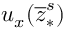
u _ { x } ( \overline { { z } } _ { \ast } ^ { s } )